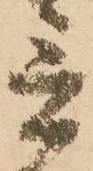
言